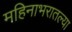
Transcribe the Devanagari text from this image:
महिनाभरातल्या